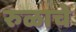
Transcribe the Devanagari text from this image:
रुळाचे